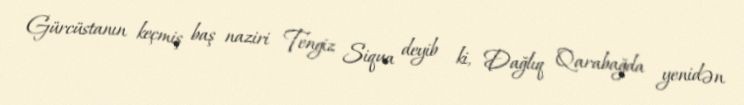
Gürcüstanın keçmiş baş naziri Tengiz Siqua deyib ki, Dağlıq Qarabağda yenidən